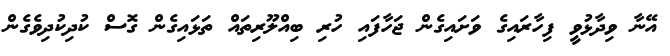
އޭނާ ވިދާޅުވީ ފިހާރައިގެ ވަށައިގެން ޖަހާފައި ހުރި ބިއްލޫރިތައް ތަޅައިގެން ގޮސް ކުދިކުދިވެގެން